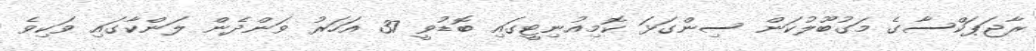
ރާޖަޕަކްސާގެ މަގުބޫލުކަން ސިންގަޅަ ކޮމިއުނިޓީގައި ބޮޑުވީ 37 އަހަރު ވަންދެން ލަންކާގައި ވަކިވެ